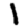
Digit: 1